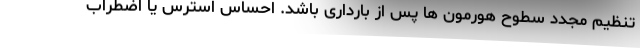
تنظیم مجدد سطوح هورمون ها پس از بارداری باشد. احساس استرس یا اضطراب